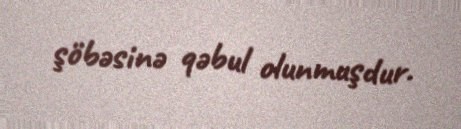
şöbəsinə qəbul olunmuşdur.